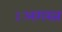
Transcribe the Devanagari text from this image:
।अगस्त